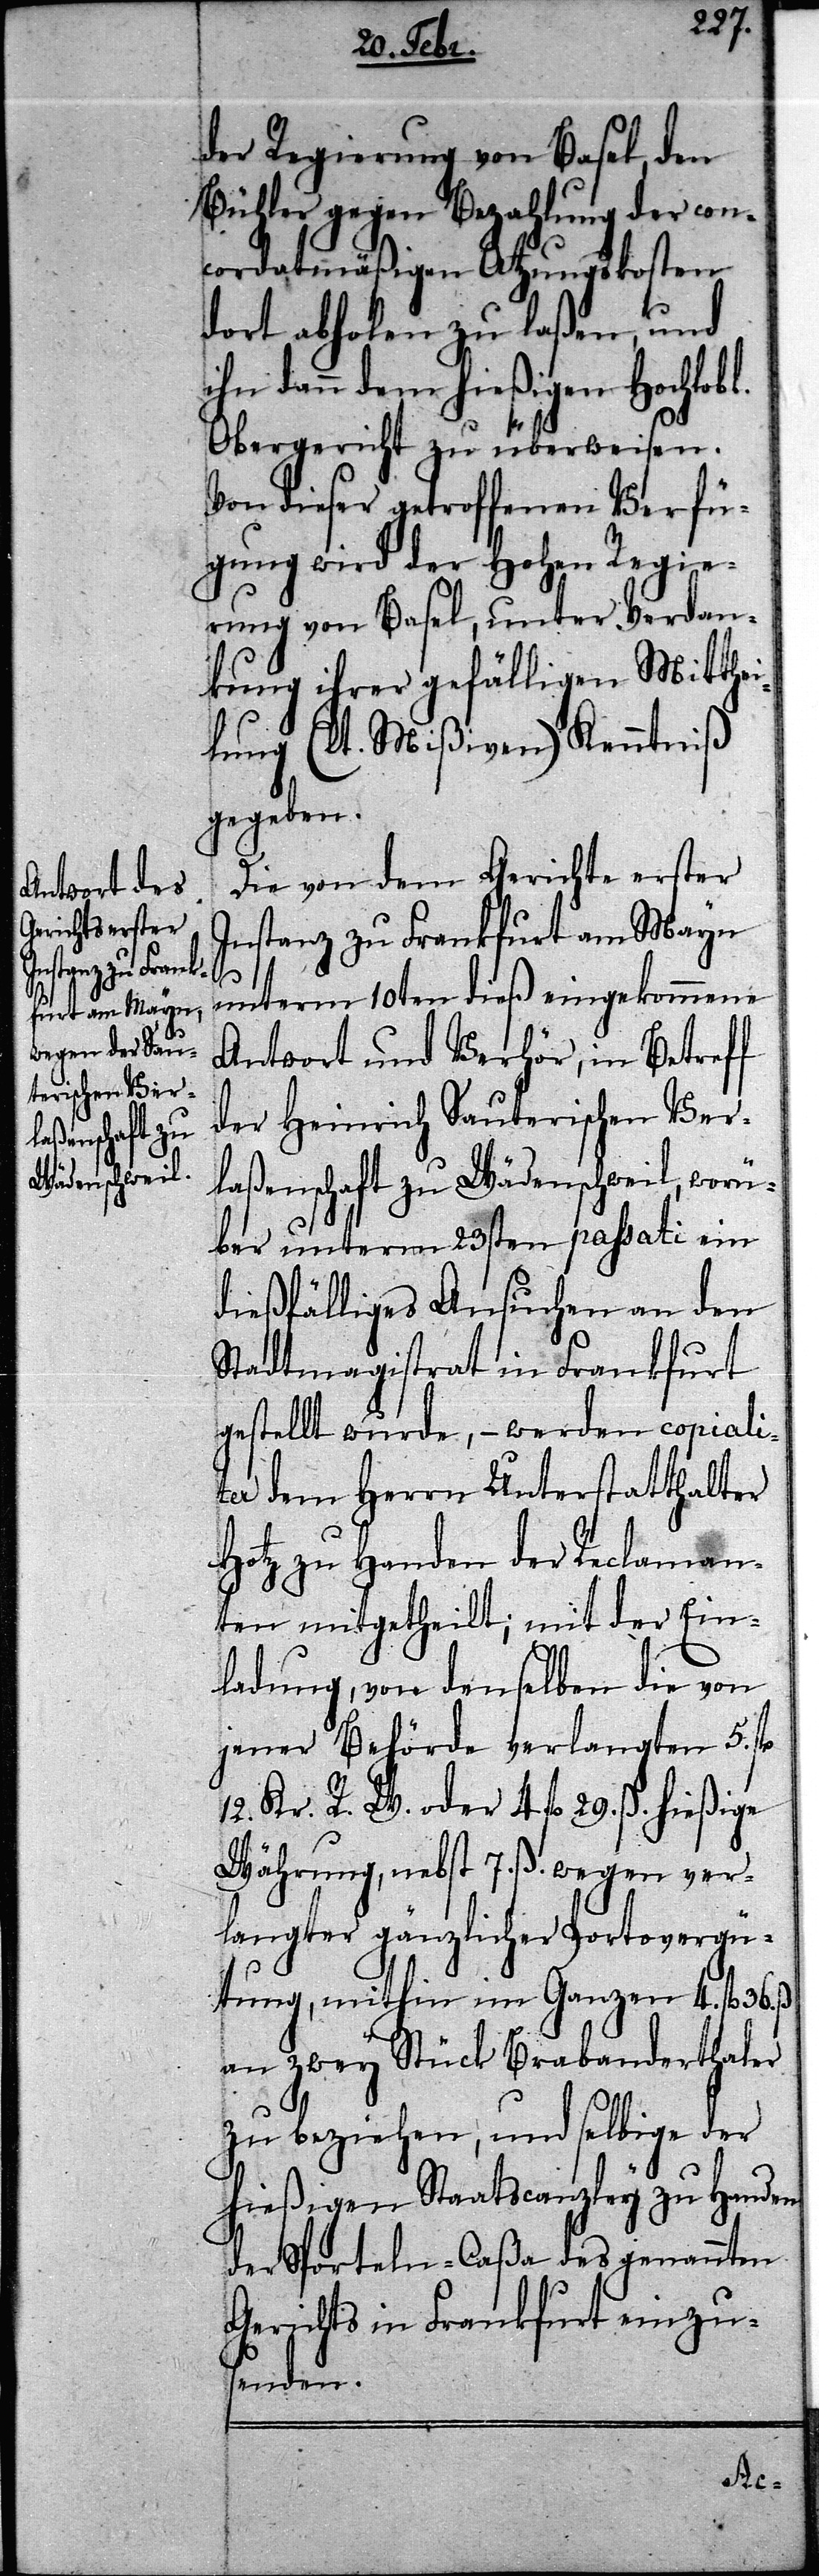
der Regierung von Basel, den
Bühler gegen Bezahlung der con¬
cordatmäßigen Atzungskosten
dort abholen zu laßen, und
ihn dann dem hießigen Hochlobl.
Obergericht zu überweisen.
Von dieser getroffenen Verfü¬
gung wird der Hohen Regie¬
rung von Basel, unter Verdan¬
kung ihrer gefälligen Mitthei¬
lung (lt. Mißiven) Kenntniß
gegeben.
Die von dem Gerichte erster
Instanz zu Frankfurt am Mayn
unterm 10ten dieß eingekommene
Antwort und Verhör, in Betreff
der Heinrich Sauterischen Ver¬
lassenschaft zu Wädenschweil, worü¬
ber unterm 23sten passati ein
dießfälliges Ansuchen an den
Stadtmagistrat in Frankfurt
gestellt wurde, – werden copiali¬
ter dem Herrn Unterstatthalter
Hotz zu Handen der Reclaman¬
ten mitgetheilt; mit der Ein¬
ladung, von denselben die von
jener Behörde verlangten 5. fl
12. Kr. R. W. oder 4 fl 29. ß. hießige
Währung, nebst 7. ß. wegen ver¬
langter gänzlicher Portovergü¬
tung, mithin im Ganzen 4. fl.
an zwey Stück Brabanderthaler
zu beziehen, und selbige der
hießigen Staatscanzley zu Handen
der Sporteln-Caßa des genannten
Gerichts in Frankfurt einzu¬
senden.